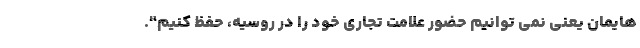
هایمان یعنی نمی توانیم حضور علامت تجاری خود را در روسیه، حفظ کنیم".